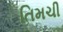
તિમચી